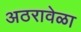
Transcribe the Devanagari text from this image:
अठरावेळा